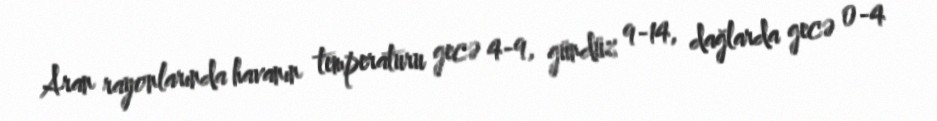
Aran rayonlarında havanın temperaturu gecə 4-9, gündüz 9-14, dağlarda gecə 0-4